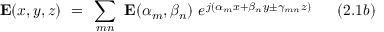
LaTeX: \mathbf { E } ( x , y , z ) ~ = ~ \sum _ { m n } ~ \mathbf { E } ( \alpha _ { m } , \beta _ { n } ) ~ e ^ { j ( \alpha _ { m } x + \beta _ { n } y \pm \gamma _ { m n } z ) } ~ ~ ~ ~ ~ ( 2 . 1 b )